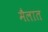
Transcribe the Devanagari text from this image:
मैलात